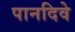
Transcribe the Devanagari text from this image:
पानदिवे